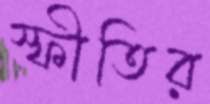
স্ফীতির